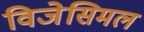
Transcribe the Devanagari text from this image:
विजेसिमल